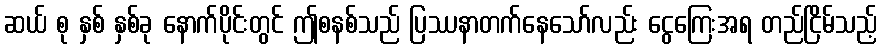
ဆယ် စု နှစ် နှစ်ခု နောက်ပိုင်းတွင် ဤစနစ်သည် ပြဿနာတက်နေသော်လည်း ငွေကြေးအရ တည်ငြိမ်သည့်